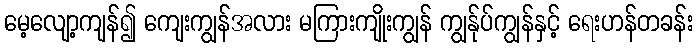
မေ့လျော့ကျန်၍ ကျေးကျွန်အလား မကြားကျိုးကျွန် ကျွန်ုပ်ကျွန်နှင့် ရေးဟန်တခန်း